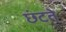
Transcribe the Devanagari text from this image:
छंटते